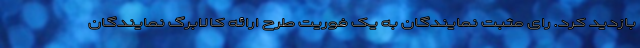
بازدید کرد. رای مثبت نمایندگان به یک فوریت طرح ارائه کالابرگ نمایندگان